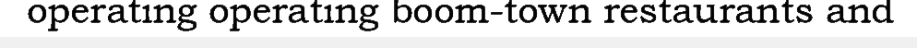
operating operating boom-town restaurants and